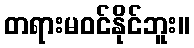
တရားမဝင်နိုင်ဘူး။